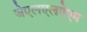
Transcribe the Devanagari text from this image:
जेएलएलऐएम